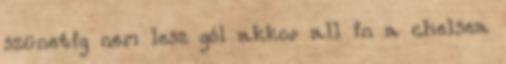
szünetig nem lesz gól akkor all in a chelsea